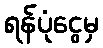
ရန်ပုံငွေမှ